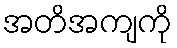
အတိအကျကို